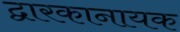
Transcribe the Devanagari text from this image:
द्वारकानायक